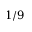
1 / 9